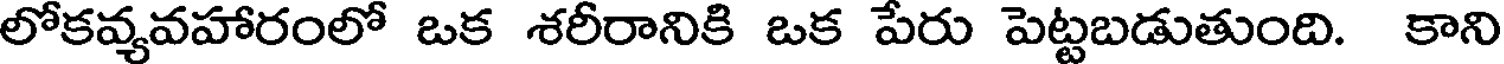
లోకవ్యవహారంలో ఒక శరీరానికి ఒక పేరు పెట్టబడుతుంది. కాని